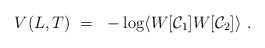
\begin{align*}V(L,T)~=~-\log \langle W[{\cal C}_1]W[{\cal C}_2]\rangle ~.\end{align*}